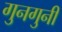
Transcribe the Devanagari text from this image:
गुनगुनी